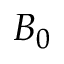
B _ { 0 }